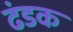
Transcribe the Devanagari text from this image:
ढंडक